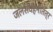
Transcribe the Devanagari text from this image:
जलसंवहनीतंत्र